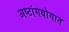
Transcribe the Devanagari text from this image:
अष्टांगयोगात